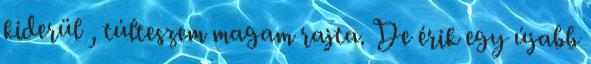
kiderül , túlteszem magam rajta. De érik egy újabb